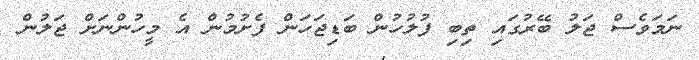
ނަމަވެސް ޖަލު ބޭރުގަައި ތިބި ފުލުހުން ބަޑިޖަހަން ފެށުމުން އެ މީހުންނަށް ޖަލުން